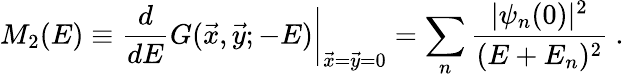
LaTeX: M_{2}(E)\equiv{\frac{d}{dE}}G(\vec{x},\vec{y};-E)\bigg|_{\vec{x}=\vec{y}=0}=\sum_{n}{\frac{|\psi_{n}(0)|^{2}}{(E+E_{n})^{2}}}\ .